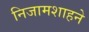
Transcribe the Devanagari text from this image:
निजामशाहने